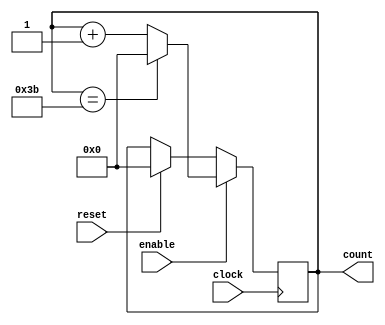
`timescale 1ns/100ps//the syetem has a time resolution of 100ps and use 1ns as the unit time step
module counter_16(

clock,
enable,
reset,
count
);

parameter BIT_SZ=16;
input clock;
input enable;
input reset;
output [BIT_SZ-1:0] count;

reg [BIT_SZ-1:0] count;

initial count=16'd0;
always @(posedge clock)
if(enable==1'b1)
	if(count==16'd59)
		count <= 16'b0;
		else begin
   count <= count +16'b1; end
else if (reset==1'b1)
   count <= 0;
	
endmodule